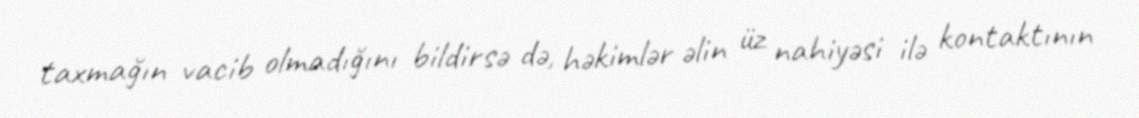
taxmağın vacib olmadığını bildirsə də, həkimlər əlin üz nahiyəsi ilə kontaktının